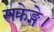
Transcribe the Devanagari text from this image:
सकेङ्गे।